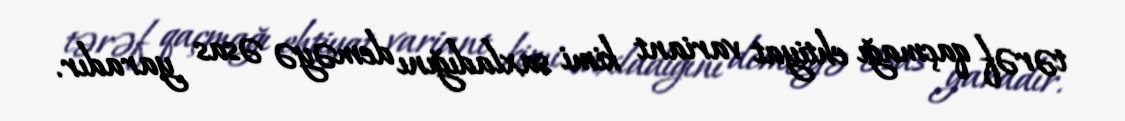
tərəf qaçmağı ehtiyat variant kimi saxladığını deməyə əsas yaradır.